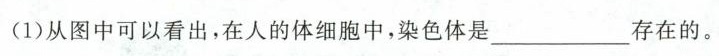
(1)从图中可以看出，在人的体细胞中，染色体是___存在的。